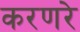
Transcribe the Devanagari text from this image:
करणरे